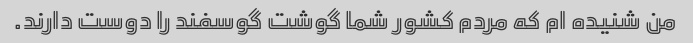
من شنیده ام که مردم کشور شما گوشت گوسفند را دوست دارند.